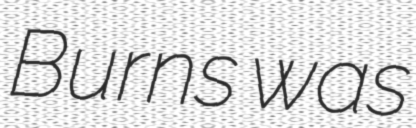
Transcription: Burns was